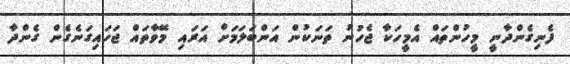
ފެނިގެންދާނީ މީހުންތައް އެމީހަކާ ޖެހުނު ތަނަކުން އަންބަލަމަށް އަރައި މޭވާތައް ޖަހައިގަނެގެން ގެންދާ